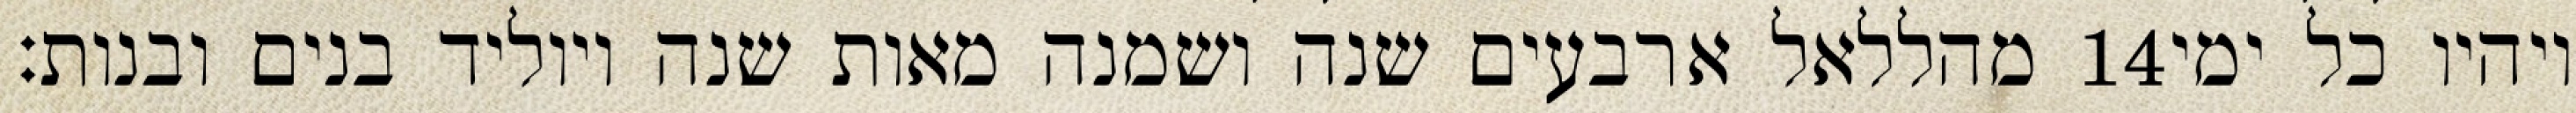
מהללאל ארבעים שנה ושמנה מאות שנה ויוליד בנים ובנות׃ ‎14‏ ויהיו כל ימי